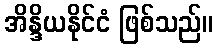
အိန္ဒိယနိုင်ငံ ဖြစ်သည်။